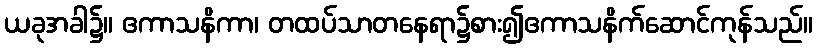
ယခုအခါ၌။ ဧကာသနိကာ၊ တထပ်သာတနေရာ၌စား၍ဧကာသနိက်ဆောင်ကုန်သည်။